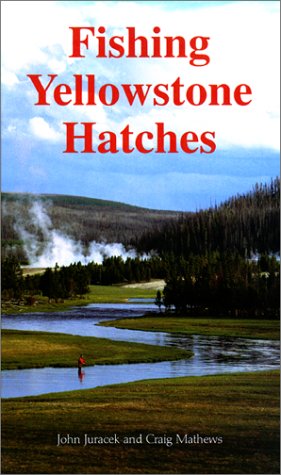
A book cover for Fishing Yellowstone Hatches; John Juracek; Travel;